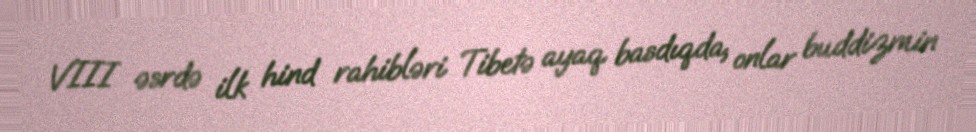
VIII əsrdə ilk hind rahibləri Tibetə ayaq basdıqda, onlar buddizmin